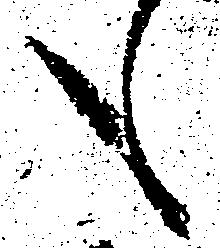
も